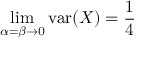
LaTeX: \operatorname* { l i m } _ { \alpha = \beta \to 0 } \operatorname { v a r } ( X ) = { \frac { 1 } { 4 } }